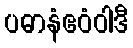
ပဓာနံဧဝံဝါဒီ